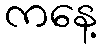
ကနေ့